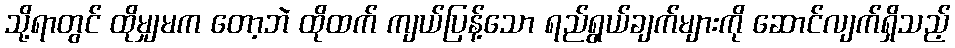
သို့ရာတွင် ထိုမျှမက တော့ဘဲ ထိုထက် ကျယ်ပြန့်သော ရည်ရွယ်ချက်များကို ဆောင်လျက်ရှိသည့်